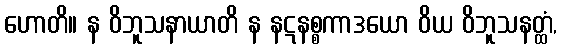
ဟောတိ။ န ဝိဘူသနာယာတိ န နဋနစ္စကာဒယော ဝိယ ဝိဘူသနတ္ထံ,